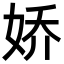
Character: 娇